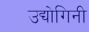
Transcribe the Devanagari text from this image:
उद्योगिनी